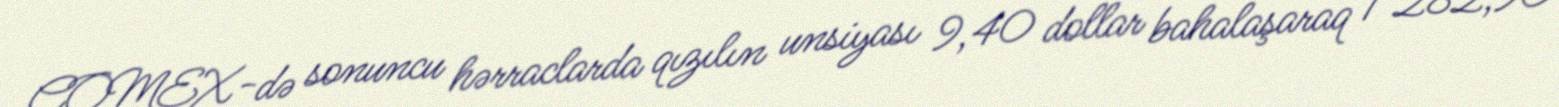
COMEX-də sonuncu hərraclarda qızılın unsiyası 9,40 dollar bahalaşaraq 1 282,90